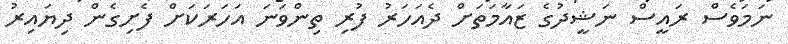
ނަމަވެސް ރައީސް ނަޝީދުގެ ޒައާމަތަށް ދެއަހަރު ފުރި ތިންވަނަ އަހަރަކަށް ފެށިގެން ދިޔައިރު